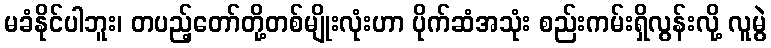
မခံနိုင်ပါဘူး၊ တပည့်တော်တို့တစ်မျိုးလုံးဟာ ပိုက်ဆံအသုံး စည်းကမ်းရှိလွန်းလို့ လူမွဲ